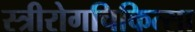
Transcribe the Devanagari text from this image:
स्त्रीरोगचिकित्सा